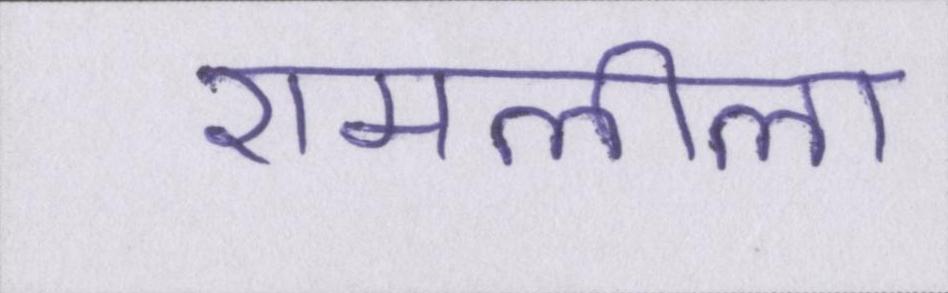
रामलीला